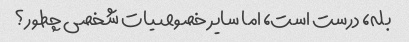
بله، درست است، اما سایر خصوصیات شخصی چطور؟